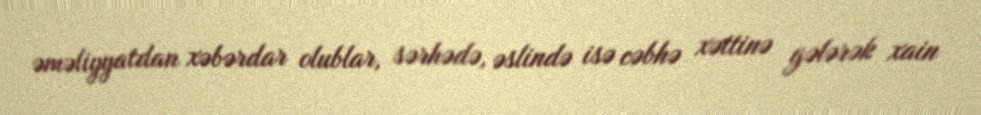
əməliyyatdan xəbərdar olublar, sərhədə, əslində isə cəbhə xəttinə gələrək xain